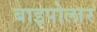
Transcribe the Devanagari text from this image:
बाइपोलार